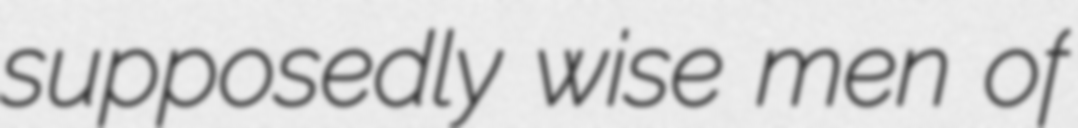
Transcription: supposedly wise men of